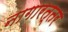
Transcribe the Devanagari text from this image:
नागारत्तर